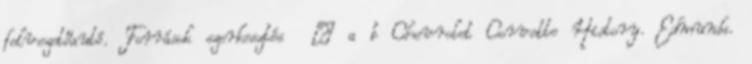
felvezetőautó. Források szerkesztés ↑ a b Chevrolet Corvette History. Edmunds.